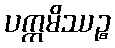
ပက္ကမိဿဉ္စ